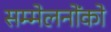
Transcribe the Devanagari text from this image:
सम्मेलनोंको